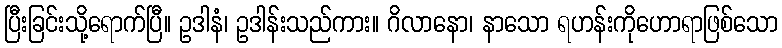
ပြီးခြင်းသို့ရောက်ပြီ။ ဥဒါနံ၊ ဥဒါန်းသည်ကား။ ဂိလာနော၊ နာသော ရဟန်းကိုဟောရာဖြစ်သော